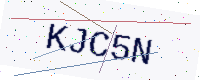
Text: KJC5N